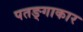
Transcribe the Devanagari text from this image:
पतङ्गाकार